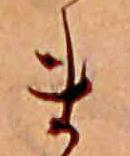
ま